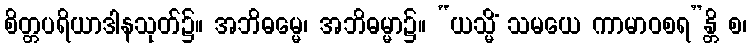
စိတ္တပရိယာဒါနသုတ်၌။ အဘိဓမ္မေ၊ အဘိဓမ္မာ၌။ “ယသ္မိံ သမယေ ကာမာဝစရ”န္တိ စ၊